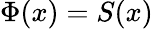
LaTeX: \Phi(x)=S(x)